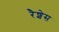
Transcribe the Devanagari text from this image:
रैशेस